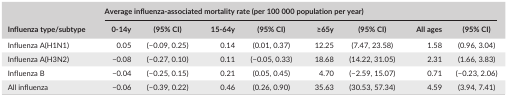
| <ROWSPAN=2> Influenza type/subtype | <COLSPAN=8> Average influenza‐associated mortality rate (per 100 000 population per year) |
 | 0‐14y | (95% CI) | 15‐64y | (95% CI) | ≥65y | (95% CI) | All ages | (95% CI) |
 | --- | --- | --- | --- | --- | --- | --- | --- | --- |
 | Influenza A(H1N1) | 0.05 | (−0.09, 0.25) | 0.14 | (0.01, 0.37) | 12.25 | (7.47, 23.58) | 1.58 | (0.96, 3.04) |
 | Influenza A(H3N2) | −0.08 | (−0.27, 0.10) | 0.11 | (−0.05, 0.33) | 18.68 | (14.22, 31.05) | 2.31 | (1.66, 3.83) |
 | Influenza B | −0.04 | (−0.25, 0.15) | 0.21 | (0.05, 0.45) | 4.70 | (−2.59, 15.07) | 0.71 | (−0.23, 2.06) |
 | All influenza | −0.06 | (−0.39, 0.22) | 0.46 | (0.26, 0.90) | 35.63 | (30.53, 57.34) | 4.59 | (3.94, 7.41) |